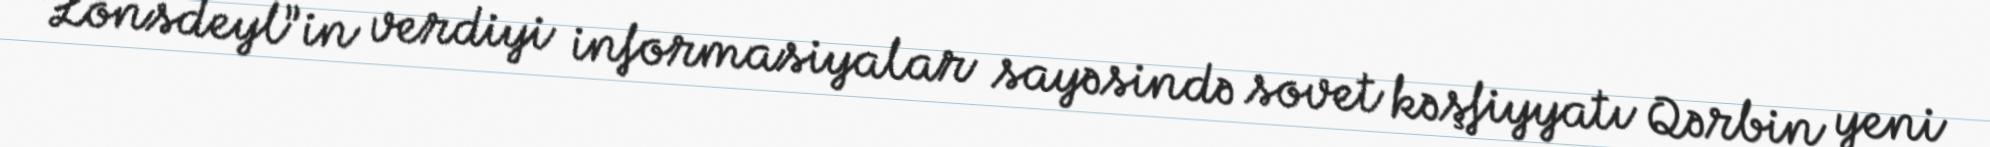
“Lonsdeyl”in verdiyi informasiyalar sayəsində sovet kəşfiyyatı Qərbin yeni